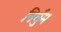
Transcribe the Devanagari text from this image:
निर्धुम